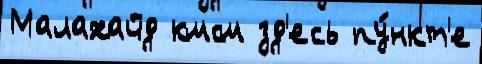
Малахайд кмсм зд'есь пу́нкт'е